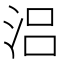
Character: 𣳮